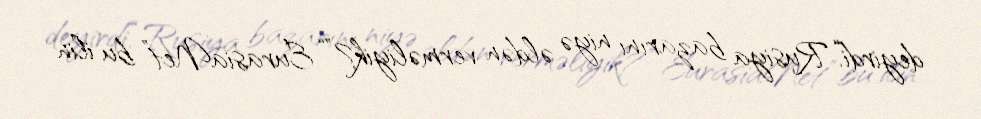
deyirdi.“Rusiya bazarını niyə əldən verməliyik?”“EurasiaNet” bu ilin